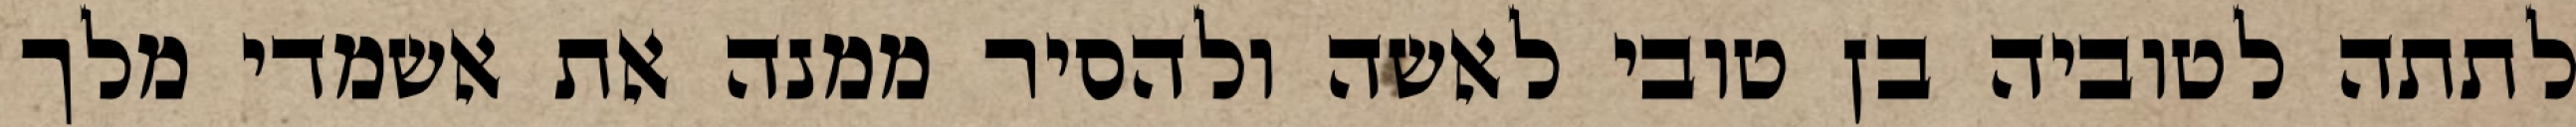
לתתה לטוביה בן טובי לאשה ולהסיר ממנה את אשמדי מלך